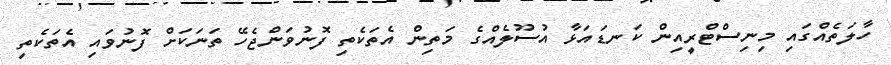
ހާލަތެއްގައި މިނިސްޓްރީއިން ކަނޑައަޅާ އުސޫލެއްގެ މަތިން އެތަކެތި ފޮނުވަންޖެހޭ ތަނަކަށް ފޮނުވައި އެތަކެތި